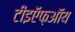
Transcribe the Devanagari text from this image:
टीइऍफ़ऑय